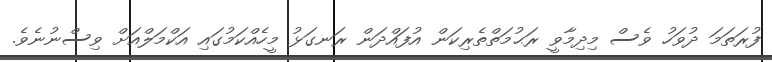
ފުރަތަމަ ދުވަހު ވެސް މިދިމާވީ ރަޙުމަތްތެރިކަން އުފައްދަން ރަނގަޅު މީހެއްކަމުގައި އަކްމަލްއަށް ވިސްނުނެވެ.